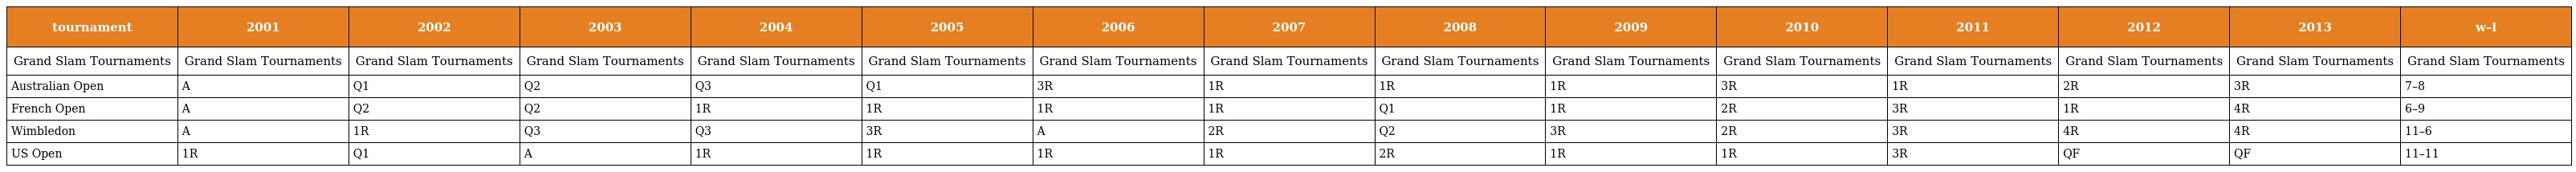
| tournament | 2001 | 2002 | 2003 | 2004 | 2005 | 2006 | 2007 | 2008 | 2009 | 2010 | 2011 | 2012 | 2013 | w–l |
 | --- | --- | --- | --- | --- | --- | --- | --- | --- | --- | --- | --- | --- | --- | --- |
 | Grand Slam Tournaments | Grand Slam Tournaments | Grand Slam Tournaments | Grand Slam Tournaments | Grand Slam Tournaments | Grand Slam Tournaments | Grand Slam Tournaments | Grand Slam Tournaments | Grand Slam Tournaments | Grand Slam Tournaments | Grand Slam Tournaments | Grand Slam Tournaments | Grand Slam Tournaments | Grand Slam Tournaments | Grand Slam Tournaments |
 | Australian Open | A | Q1 | Q2 | Q3 | Q1 | 3R | 1R | 1R | 1R | 3R | 1R | 2R | 3R | 7–8 |
 | French Open | A | Q2 | Q2 | 1R | 1R | 1R | 1R | Q1 | 1R | 2R | 3R | 1R | 4R | 6–9 |
 | Wimbledon | A | 1R | Q3 | Q3 | 3R | A | 2R | Q2 | 3R | 2R | 3R | 4R | 4R | 11–6 |
 | US Open | 1R | Q1 | A | 1R | 1R | 1R | 1R | 2R | 1R | 1R | 3R | QF | QF | 11–11 |